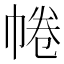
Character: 𢃩